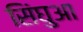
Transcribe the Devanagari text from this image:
सिंघुआ